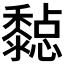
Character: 𪐇